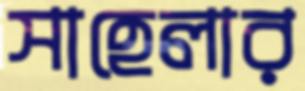
সাহেলার